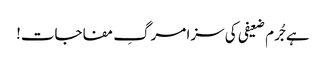
ہے جُرم ضعیفی کی سزا مرگِ مفاجات!